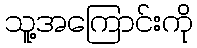
သူ့အကြောင်းကို